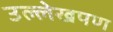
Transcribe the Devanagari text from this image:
उल्लेखपण